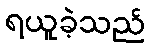
ရယူခဲ့သည်